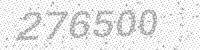
Solution: 276500